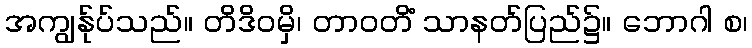
အကျွန်ုပ်သည်။ တိဒိဝမှိ၊ တာဝတိံ သာနတ်ပြည်၌။ ဘောဂါ စ၊